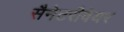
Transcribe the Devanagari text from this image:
सैनेटरीवेयर